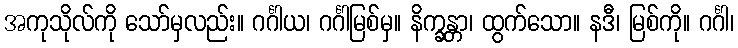
အကုသိုလ်ကို သော်မှလည်း။ ဂင်္ဂါယ၊ ဂင်္ဂါမြစ်မှ။ နိက္ခန္တာ၊ ထွက်သော။ နဒီ၊ မြစ်ကို။ ဂင်္ဂါ၊